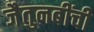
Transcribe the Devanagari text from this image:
जैतुनबींची